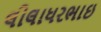
લીલાધરભાઇ